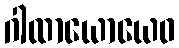
ဂါထာယောယေဝ